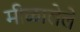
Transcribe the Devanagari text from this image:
मीळालेले